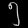
Digit: ၅